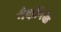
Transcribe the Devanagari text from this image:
नैदानिके